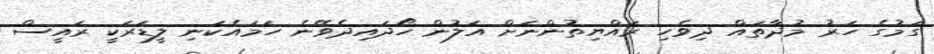
ގަމުގެ ހަރު މުދާތައް ދިވެހި ރައްޔިތުންނަށް އަލުން ހޯދައިދެވޭނެ ހަމައެކަނި ލީޑަރަކީ ރައީސް